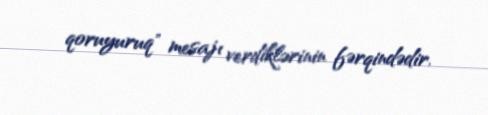
qoruyuruq" mesajı verdiklərinin fərqindədir.